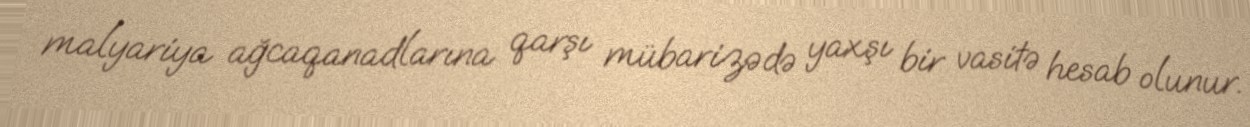
malyariya ağcaqanadlarına qarşı mübarizədə yaxşı bir vasitə hesab olunur.